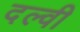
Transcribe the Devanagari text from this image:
दल्वी